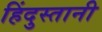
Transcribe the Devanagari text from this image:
हिंदुस्‍तानी